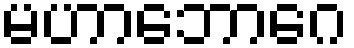
မဟာဘောဂေ